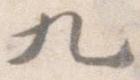
九